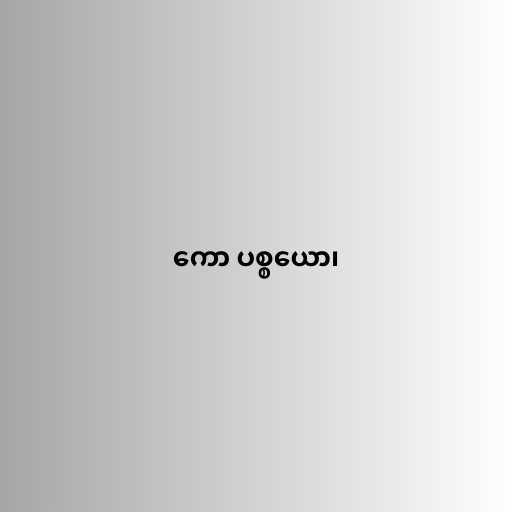
ကော ပစ္စယော၊